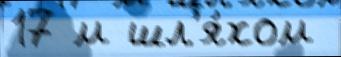
17 м шл'я́хом